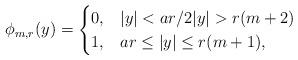
LaTeX: \begin{align*}\phi_{m, r}(y)=\begin{cases}0, & |y|<ar/2 |y|>r(m+2)\\1, & ar\le |y|\le r(m+1), \end{cases}\end{align*}